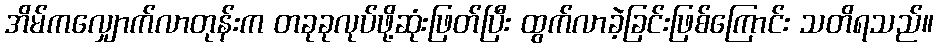
အိမ်ကလျှောက်လာတုန်းက တခုခုလုပ်ဖို့ဆုံးဖြတ်ပြီး ထွက်လာခဲ့ခြင်းဖြစ်ကြောင်း သတိရသည်။